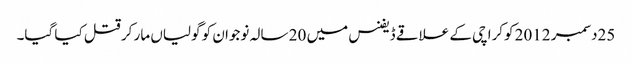
25دسمبر 2012 کوکراچی کے علاقے ڈیفنس میں 20 سالہ نوجوان کو گولیاں مار کر قتل کیا گیا۔